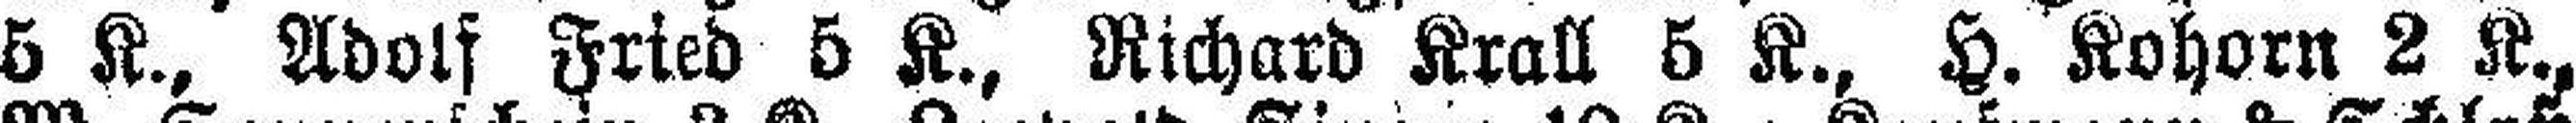
5 K., Adolf Fried 5 K., Richard Krall 5 K., H. Kohorn 2 K.,